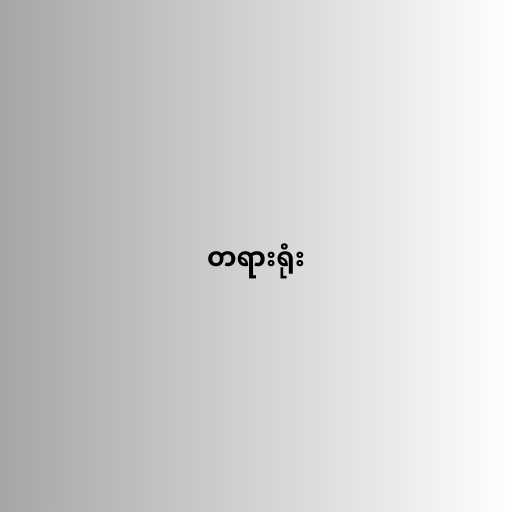
တရားရုံး